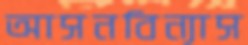
আসনবিন্যাস